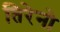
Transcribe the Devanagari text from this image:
तिरेनो